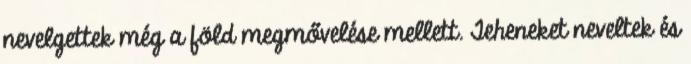
nevelgettek még a föld megmővelése mellett. Teheneket neveltek és